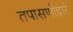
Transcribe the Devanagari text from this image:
तपासणीद्वारे